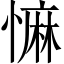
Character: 𢠩